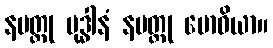
နမတ္တု ဗုဒ္ဓါနံ နမတ္ထု ဗောဓိယာ။